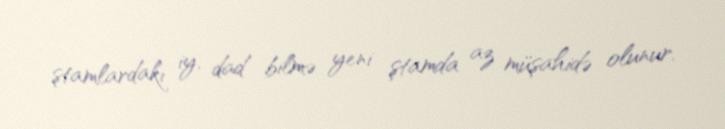
ştamlardakı iy, dad bilmə yeni ştamda az müşahidə olunur.